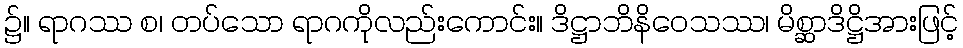
၌။ ရာဂဿ စ၊ တပ်သော ရာဂကိုလည်းကောင်း။ ဒိဋ္ဌာဘိနိဝေသဿ၊ မိစ္ဆာဒိဋ္ဌိအားဖြင့်